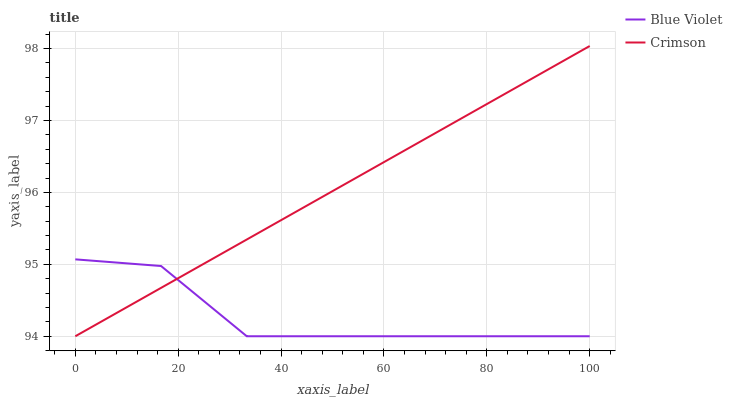
| xaxis_label | Blue Violet | Crimson |
 | --- | --- | --- |
 | 0 | 95.1 | 94 |
 | 16.7 | 95 | 94.7 |
 | 33.3 | 94 | 95.3 |
 | 50 | 94 | 96 |
 | 66.7 | 94 | 96.7 |
 | 83.3 | 94 | 97.4 |
 | 100 | 94 | 98 |